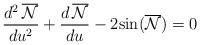
LaTeX: \begin{align*}\frac{d^2\,\overline{\cal{N}}}{du^2}+\frac{d\,\overline{\cal{N}}}{du}-2{\sin}(\overline{\cal{N}})=0\end{align*}